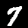
Label: 7